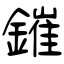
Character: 鏙